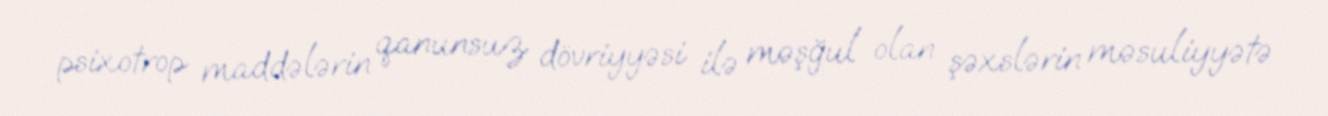
psixotrop maddələrin qanunsuz dövriyyəsi ilə məşğul olan şəxslərin məsuliyyətə